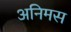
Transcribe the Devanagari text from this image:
अनिमस